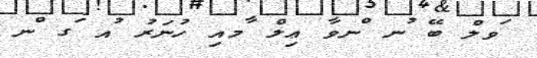
ަވލް ބޭ ުނ ްނވާ ޢިލް ާމއި ހުނަރު ުއ ަގ ްނ